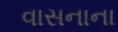
વાસનાના